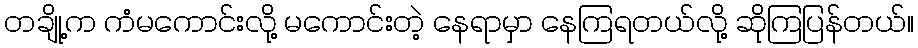
တချို့က ကံမကောင်းလို့ မကောင်းတဲ့ နေရာမှာ နေကြရတယ်လို့ ဆိုကြပြန်တယ်။